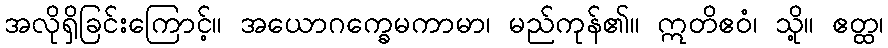
အလိုရှိခြင်းကြောင့်။ အယောဂက္ခေမကာမာ၊ မည်ကုန်၏။ ဣတိဧဝံ၊ သို့။ ဧတ္ထ၊